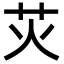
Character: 苂